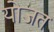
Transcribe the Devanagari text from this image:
योजत